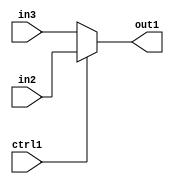
`timescale 1ps / 1ps
/*****************************************************************************
    Verilog RTL Description
    
    
    Created by: Stratus DpOpt 2019.1.01 
*******************************************************************************/

module mac_N_Mux_32_2_4_4_2 (
	in3,
	in2,
	ctrl1,
	out1
	); /* architecture "behavioural" */ 
input [31:0] in3,
	in2;
input  ctrl1;
output [31:0] out1;
wire [31:0] asc001;

reg [31:0] asc001_tmp_0;
assign asc001 = asc001_tmp_0;
always @ (ctrl1 or in2 or in3) begin
	case (ctrl1)
		1'B1 : asc001_tmp_0 = in2 ;
		default : asc001_tmp_0 = in3 ;
	endcase
end

assign out1 = asc001;
endmodule

/* CADENCE  uLXxSAg= : u9/ySgnWtBlWxVPRXgAZ4Og= ** DO NOT EDIT THIS LINE ******/